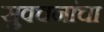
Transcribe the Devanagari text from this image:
सुवचनांचा